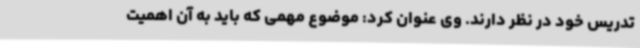
تدریس خود در نظر دارند. وی عنوان کرد: موضوع مهمی که باید به آن اهمیت